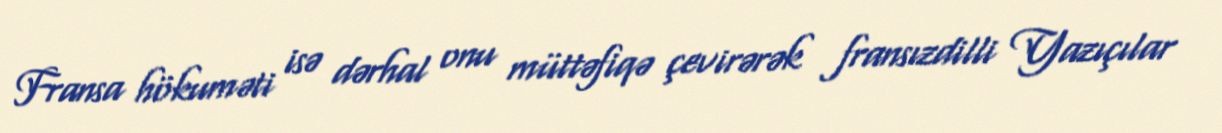
Fransa hökuməti isə dərhal onu müttəfiqə çevirərək fransızdilli Yazıçılar